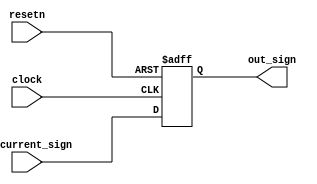
module step5_adder_status(clock, resetn, in_current_sign, out_sign);
	input clock,resetn;
	
	input in_current_sign;
	
	output reg out_sign;
	
	always@(posedge clock, negedge resetn) begin
		if(!resetn) begin
			out_sign <= 0;
		end
		else begin
			out_sign <= in_current_sign;
		end
	end

endmodule